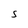
Character: S